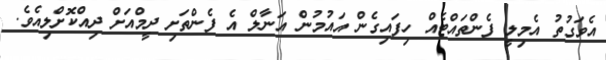
އެވަގުތު އެމިލީ ފެންތައްޓެއް ހިފައިގެން އައުމުން އަނާލް އެ ފެންތަށި ދީމްއަށް ދިއްކޮށްލިއެވެ.